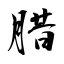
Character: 腊